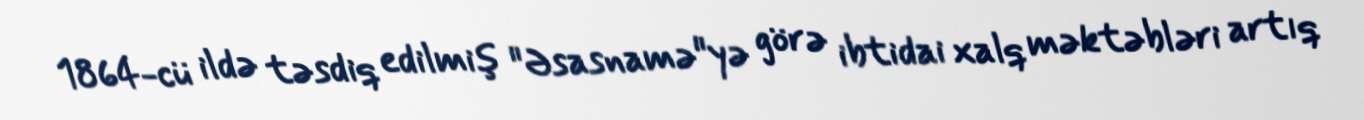
1864-cü ildə təsdiq edilmiş "Əsasnamə"yə görə ibtidai xalq məktəbləri artıq